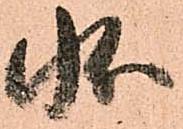
状